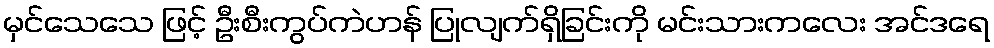
မှင်သေသေ ဖြင့် ဦးစီးကွပ်ကဲဟန် ပြုလျက်ရှိခြင်းကို မင်းသားကလေး အင်ဒရေ